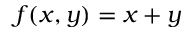
f ( x , y ) = x + y